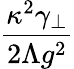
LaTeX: \frac{\kappa^{2}\gamma_{\perp}}{2\Lambda g^{2}}